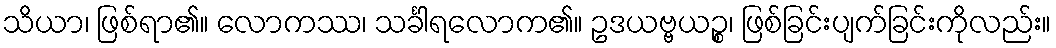
သိယာ၊ ဖြစ်ရာ၏။ လောကဿ၊ သင်္ခါရလောက၏။ ဥဒယဗ္ဗယဉ္စ၊ ဖြစ်ခြင်းပျက်ခြင်းကိုလည်း။